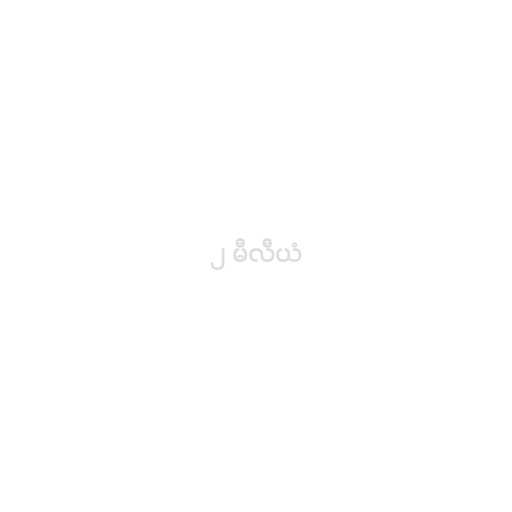
၂ မီလီယံ